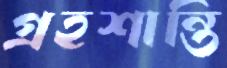
গ্রহশান্তি